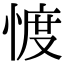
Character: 𢜬